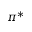
\pi ^ { * }